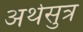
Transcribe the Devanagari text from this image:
अर्थसुत्र